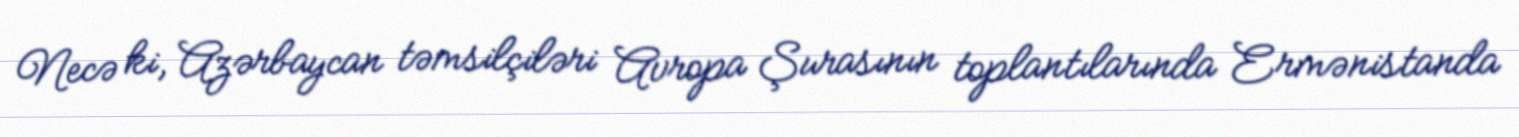
Necə ki, Azərbaycan təmsilçiləri Avropa Şurasının toplantılarında Ermənistanda